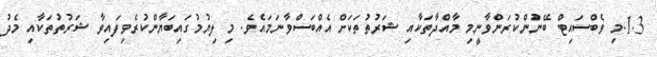
1.3.މި ވެބްސައިޓް ބޭނުންކުރަންވާނީމި މާއްދާތަކާއި ޝަރުތުތަކަށް އެއްބަސްވާނަމައެވެ. މި ލިޔުމުގައިބަޔާންކުރެވިފައިވާ ޝަރުތުތަކާއި މެދު